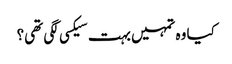
کیا وہ تمہیں بہت سیکسی لگی تھی؟